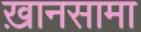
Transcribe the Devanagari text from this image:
ख़ानसामा